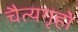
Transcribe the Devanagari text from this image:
चैत्यगृहों